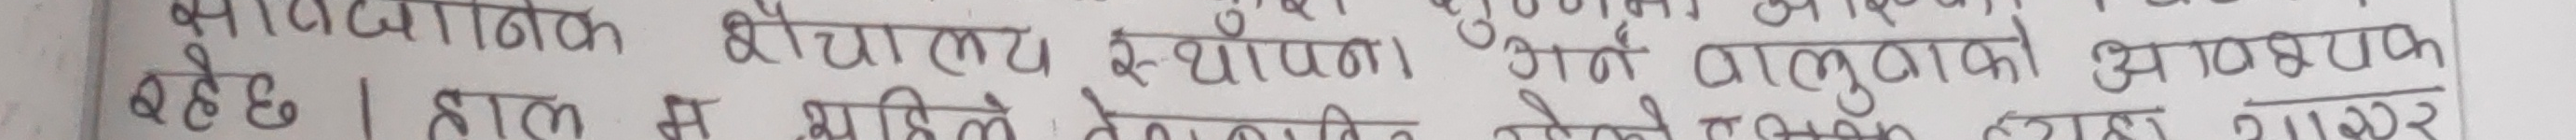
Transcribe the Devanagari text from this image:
बावयाजनक शौचालय स्थापना गर्न राम्रोको आवश्यक
वहेछ । हाल म पहिले तेपसक नेपेक हारा थाउर